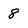
Character: 8